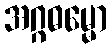
အဂ္ဂဓမ္မော